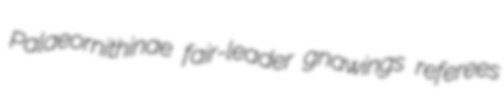
Palaeornithinae fair-leader gnawings referees